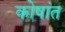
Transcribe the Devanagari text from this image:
कोषांत